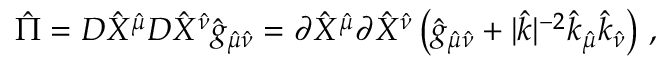
{ \hat { \Pi } } = D { \hat { X } } ^ { \hat { \mu } } D { \hat { X } } ^ { \hat { \nu } } { \hat { g } } _ { { \hat { \mu } } { \hat { \nu } } } = \partial { \hat { X } } ^ { \hat { \mu } } \partial { \hat { X } } ^ { \hat { \nu } } \left( { \hat { g } } _ { { \hat { \mu } } { \hat { \nu } } } + | { \hat { k } } | ^ { - 2 } { \hat { k } } _ { \hat { \mu } } { \hat { k } } _ { \hat { \nu } } \right) \, ,